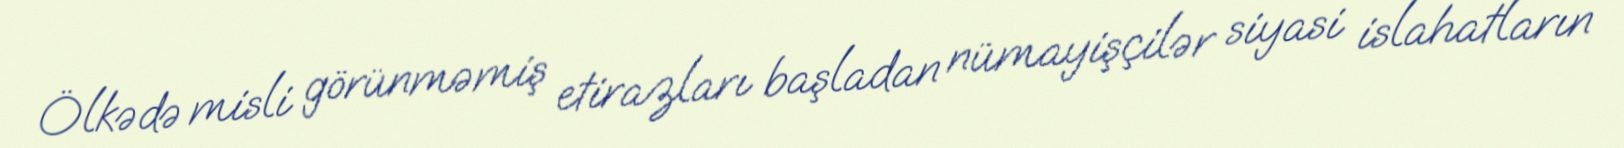
Ölkədə misli görünməmiş etirazları başladan nümayişçilər siyasi islahatların